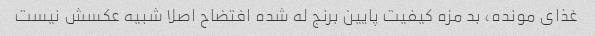
غذاى مونده، بد مزه کیفیت پایین برنج له شده افتضاح اصلا شبیه عکسش نیست